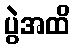
ပွဲအထိ